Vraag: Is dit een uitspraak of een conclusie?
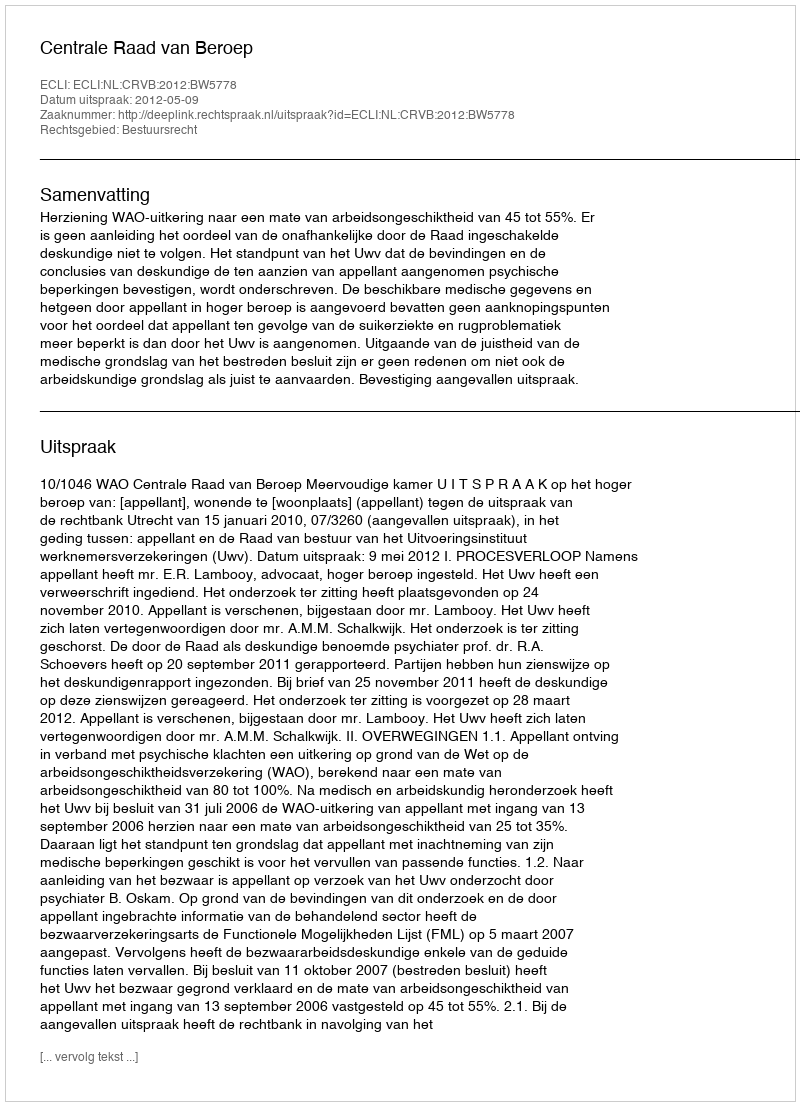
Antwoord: Uitspraak